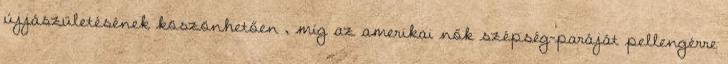
újjászületésének köszönhetően , míg az amerikai nők szépség-paráját pellengérre